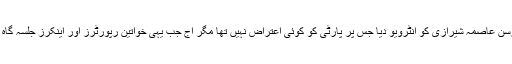
گزشتہ شب مولانا فضل الرحمان نے اینکر پرسن عاصمہ شیرازی کو انٹرویو دیا جس پر پارٹی کو کوئی اعتراض نہیں تھا مگر آج جب یہی خواتین رپورٹرز اور اینکرز جلسہ گاہ میں کوریج کیلئے گئیں تو انہیں روک دیا گیا۔